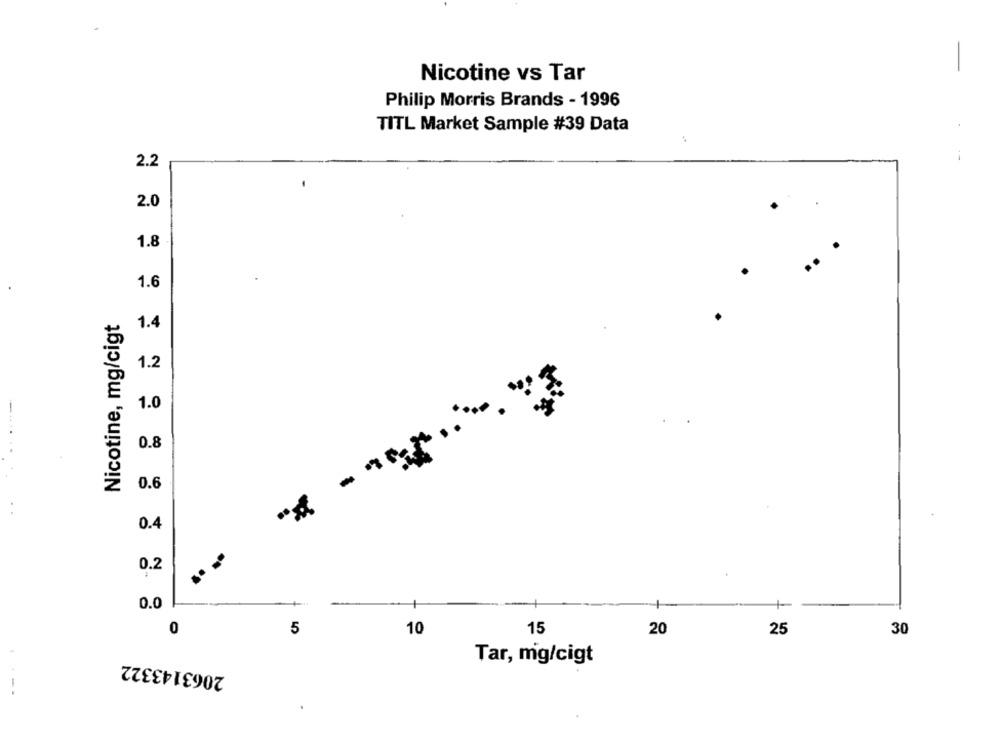
Nicotine vs Tar
Philip Morris Brands - 1996
TITL Market Sample #39 Data
.
2.2
2.0
1.8
1.6
Nicotine, mg/cigt
1.4
1.2
1.
0.8
0.6
= = = = = =
0.4
...
0.2
0.0
0
5
10
15
20
30
25
2063143322
Tar, mg/cigt
-